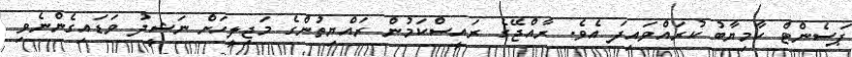
ޕަސެންޓް ކާމިޔާބު ކުރައްވައިފަ އެވެ. ރާއްޖޭގެ ރައީސްކަމުން ރައްޔިތުންގެ މަޖިލީހަށް ނަޝީދު ވަޑައިގެންނެވި